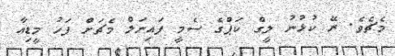
މެޗެވެ. ރޭ ކުޅުނު ލީގް ކަޕްގެ ސެމީ ފައިނަލް މެޗަށް ފަހު މީޑިއާ